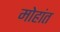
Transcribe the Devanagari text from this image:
मोहांत